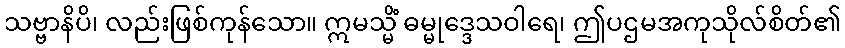
သဗ္ဗာနိပိ၊ လည်းဖြစ်ကုန်သော။ ဣမသ္မိံ ဓမ္မုဒ္ဒေသဝါရေ၊ ဤပဌမအကုသိုလ်စိတ်၏